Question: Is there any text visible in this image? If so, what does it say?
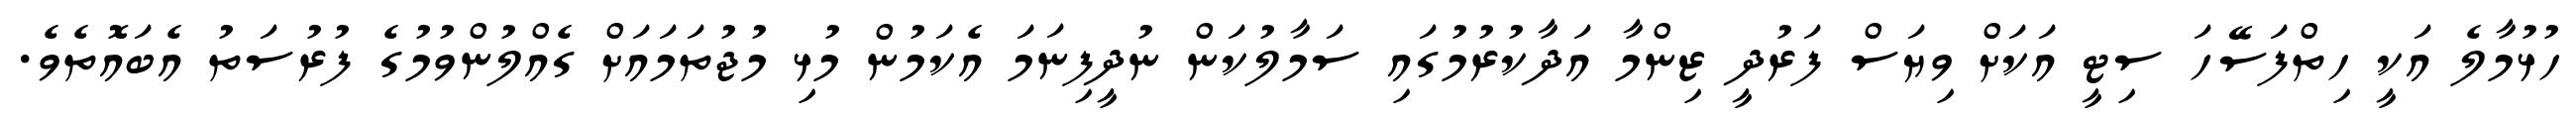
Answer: ހުޅުމާލެ އަކީ ހިތްފަސޭހަ ސިޓީ އަކަށް ވިޔަސް ފަރުދީ ޒިންމާ އަދާކުރުމުގައި ސަމާލުކަން ނުދީފިނަމަ އެކަމުން މުޅި މުޖުތަމައަށް ގެއްލުންވުމުގެ ފުރުސަތު އެބައޮތެވެ.